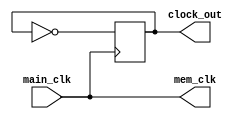
`default_nettype none

module clock_and_mem_clock(
    input main_clk, 
    output reg clock_out, 
    output wire mem_clk
);
    //  main_clk  clock_out  mem_clk
    //  CPU  CPU 

    assign mem_clk = main_clk;
    //  mem_clk
    
    initial
    begin
        clock_out <= 1'b0;
    end
    
    always @ (posedge main_clk)
    begin
        clock_out <= !clock_out;
        // 
    end
    
endmodule